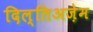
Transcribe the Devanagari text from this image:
दिल्तिअज़ेम